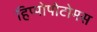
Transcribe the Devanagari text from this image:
हिप्पोपोटोमस